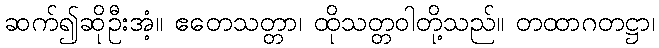
ဆက်၍ဆိုဦးအံ့။ ဧတေသတ္တာ၊ ထိုသတ္တဝါတို့သည်။ တထာဂတဋ္ဌာ၊